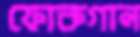
ফোকগান